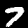
Label: 7